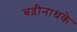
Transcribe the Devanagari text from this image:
बद्रीनाथके